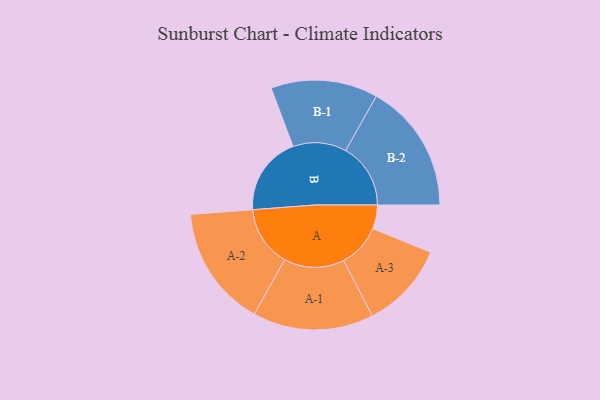
{"axis": {"x": "Segment", "y": "Value"}, "legend": ["", "A", "B"], "data": [{"x": "A", "y": 110, "type": ""}, {"x": "B", "y": 365, "type": ""}, {"x": "A-1", "y": 279, "type": "A"}, {"x": "A-2", "y": 280, "type": "A"}, {"x": "A-3", "y": 200, "type": "A"}, {"x": "B-1", "y": 247, "type": "B"}, {"x": "B-2", "y": 300, "type": "B"}]}